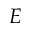
E